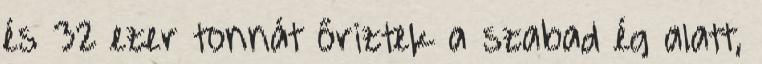
és 32 ezer tonnát őriztek a szabad ég alatt,